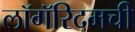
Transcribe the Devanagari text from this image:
लॉगॅरिदमची